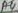
Text: A4